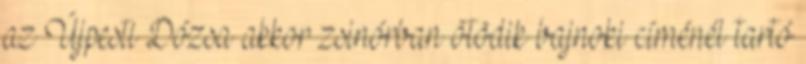
az Újpesti Dózsa akkor zsinórban ötödik bajnoki címénél tartó